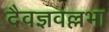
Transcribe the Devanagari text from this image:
दैवज्ञवल्लभा